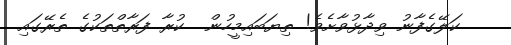
ކަލޭގެފާނު ވިދާޅުވާށެވެ! ތިޔަބައިމީހުން  ކުރާ ފަރާތްތަކުގެ ތެރޭގައި